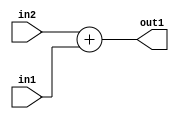
`timescale 1ps / 1ps
/*****************************************************************************
    Verilog RTL Description
    
    
    Created by: Stratus DpOpt 21.05.01 
*******************************************************************************/

module SobelFilter_Add_7Sx5U_7S_1 (
	in2,
	in1,
	out1
	); /* architecture "behavioural" */ 
input [6:0] in2;
input [4:0] in1;
output [6:0] out1;
wire [6:0] asc001;

assign asc001 = 
	+(in2)
	+(in1);

assign out1 = asc001;
endmodule

/* CADENCE  ubD3Qgs= : u9/ySxbfrwZIxEzHVQQV8Q== ** DO NOT EDIT THIS LINE ******/